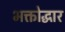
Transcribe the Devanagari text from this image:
भक्तोद्धार